Report of the King Institute of Preventive Medicine, Guindy
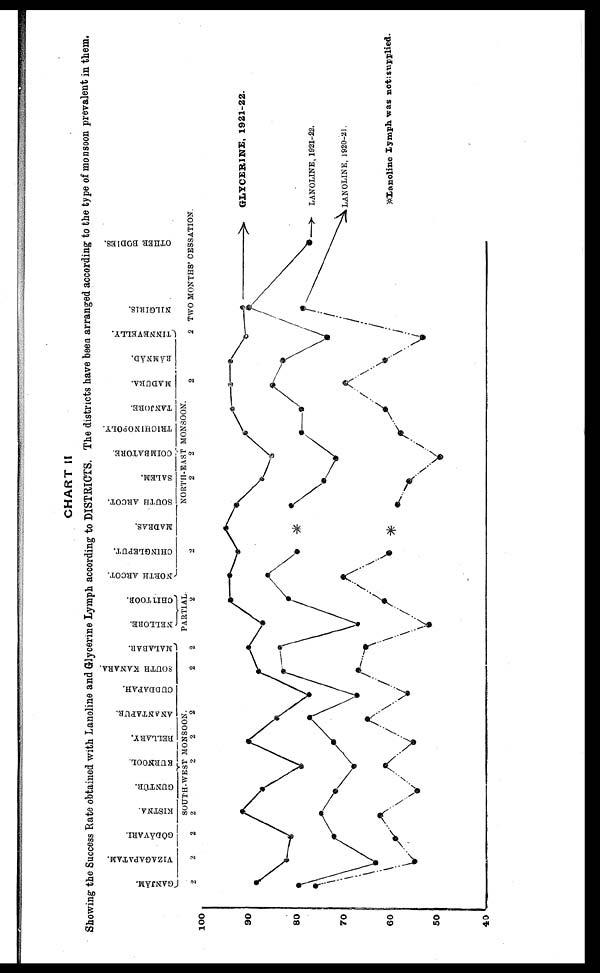
CHART II
Showing the Success Rate obtained with Lanoline and Glycerine Lymph according to DISTRICTS. The districts have been arranged according to the type of monsoon prevalent in them.